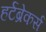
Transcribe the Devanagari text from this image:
हर्टब्रेकर्स